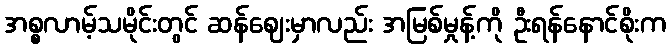
အစ္စလာမ့်သမိုင်းတွင် ဆန်ဈေးမှာလည်း အမြစ်မှုန့်ကို ဦးရန်နောင်စိုးက